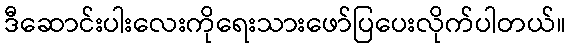
ဒီဆောင်းပါးလေးကိုရေးသားဖော်ပြပေးလိုက်ပါတယ်။